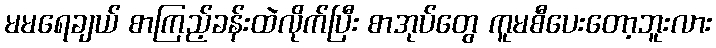
မမရေချယ် စာကြည့်ခန်းထဲလိုက်ပြီး စာအုပ်တွေ ကူမစီပေးတော့ဘူးလား